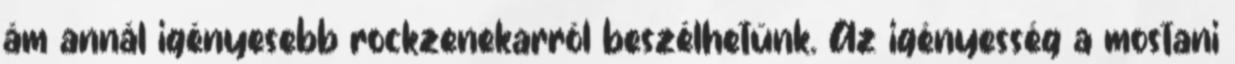
ám annál igényesebb rockzenekarról beszélhetünk. Az igényesség a mostani